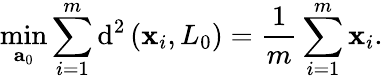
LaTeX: \underset{{\mathbf{a}}_{0}}{\operatorname*{min}}\sum_{i=1}^{m}\operatorname{d}^{2}\left({\mathbf{x}}_{i},L_{0}\right)=\frac{1}{m}\sum_{i=1}^{m}{\mathbf{x}}_{i}.